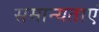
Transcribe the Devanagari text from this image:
समान्यताएं